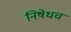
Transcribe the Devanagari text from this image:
निषेधच